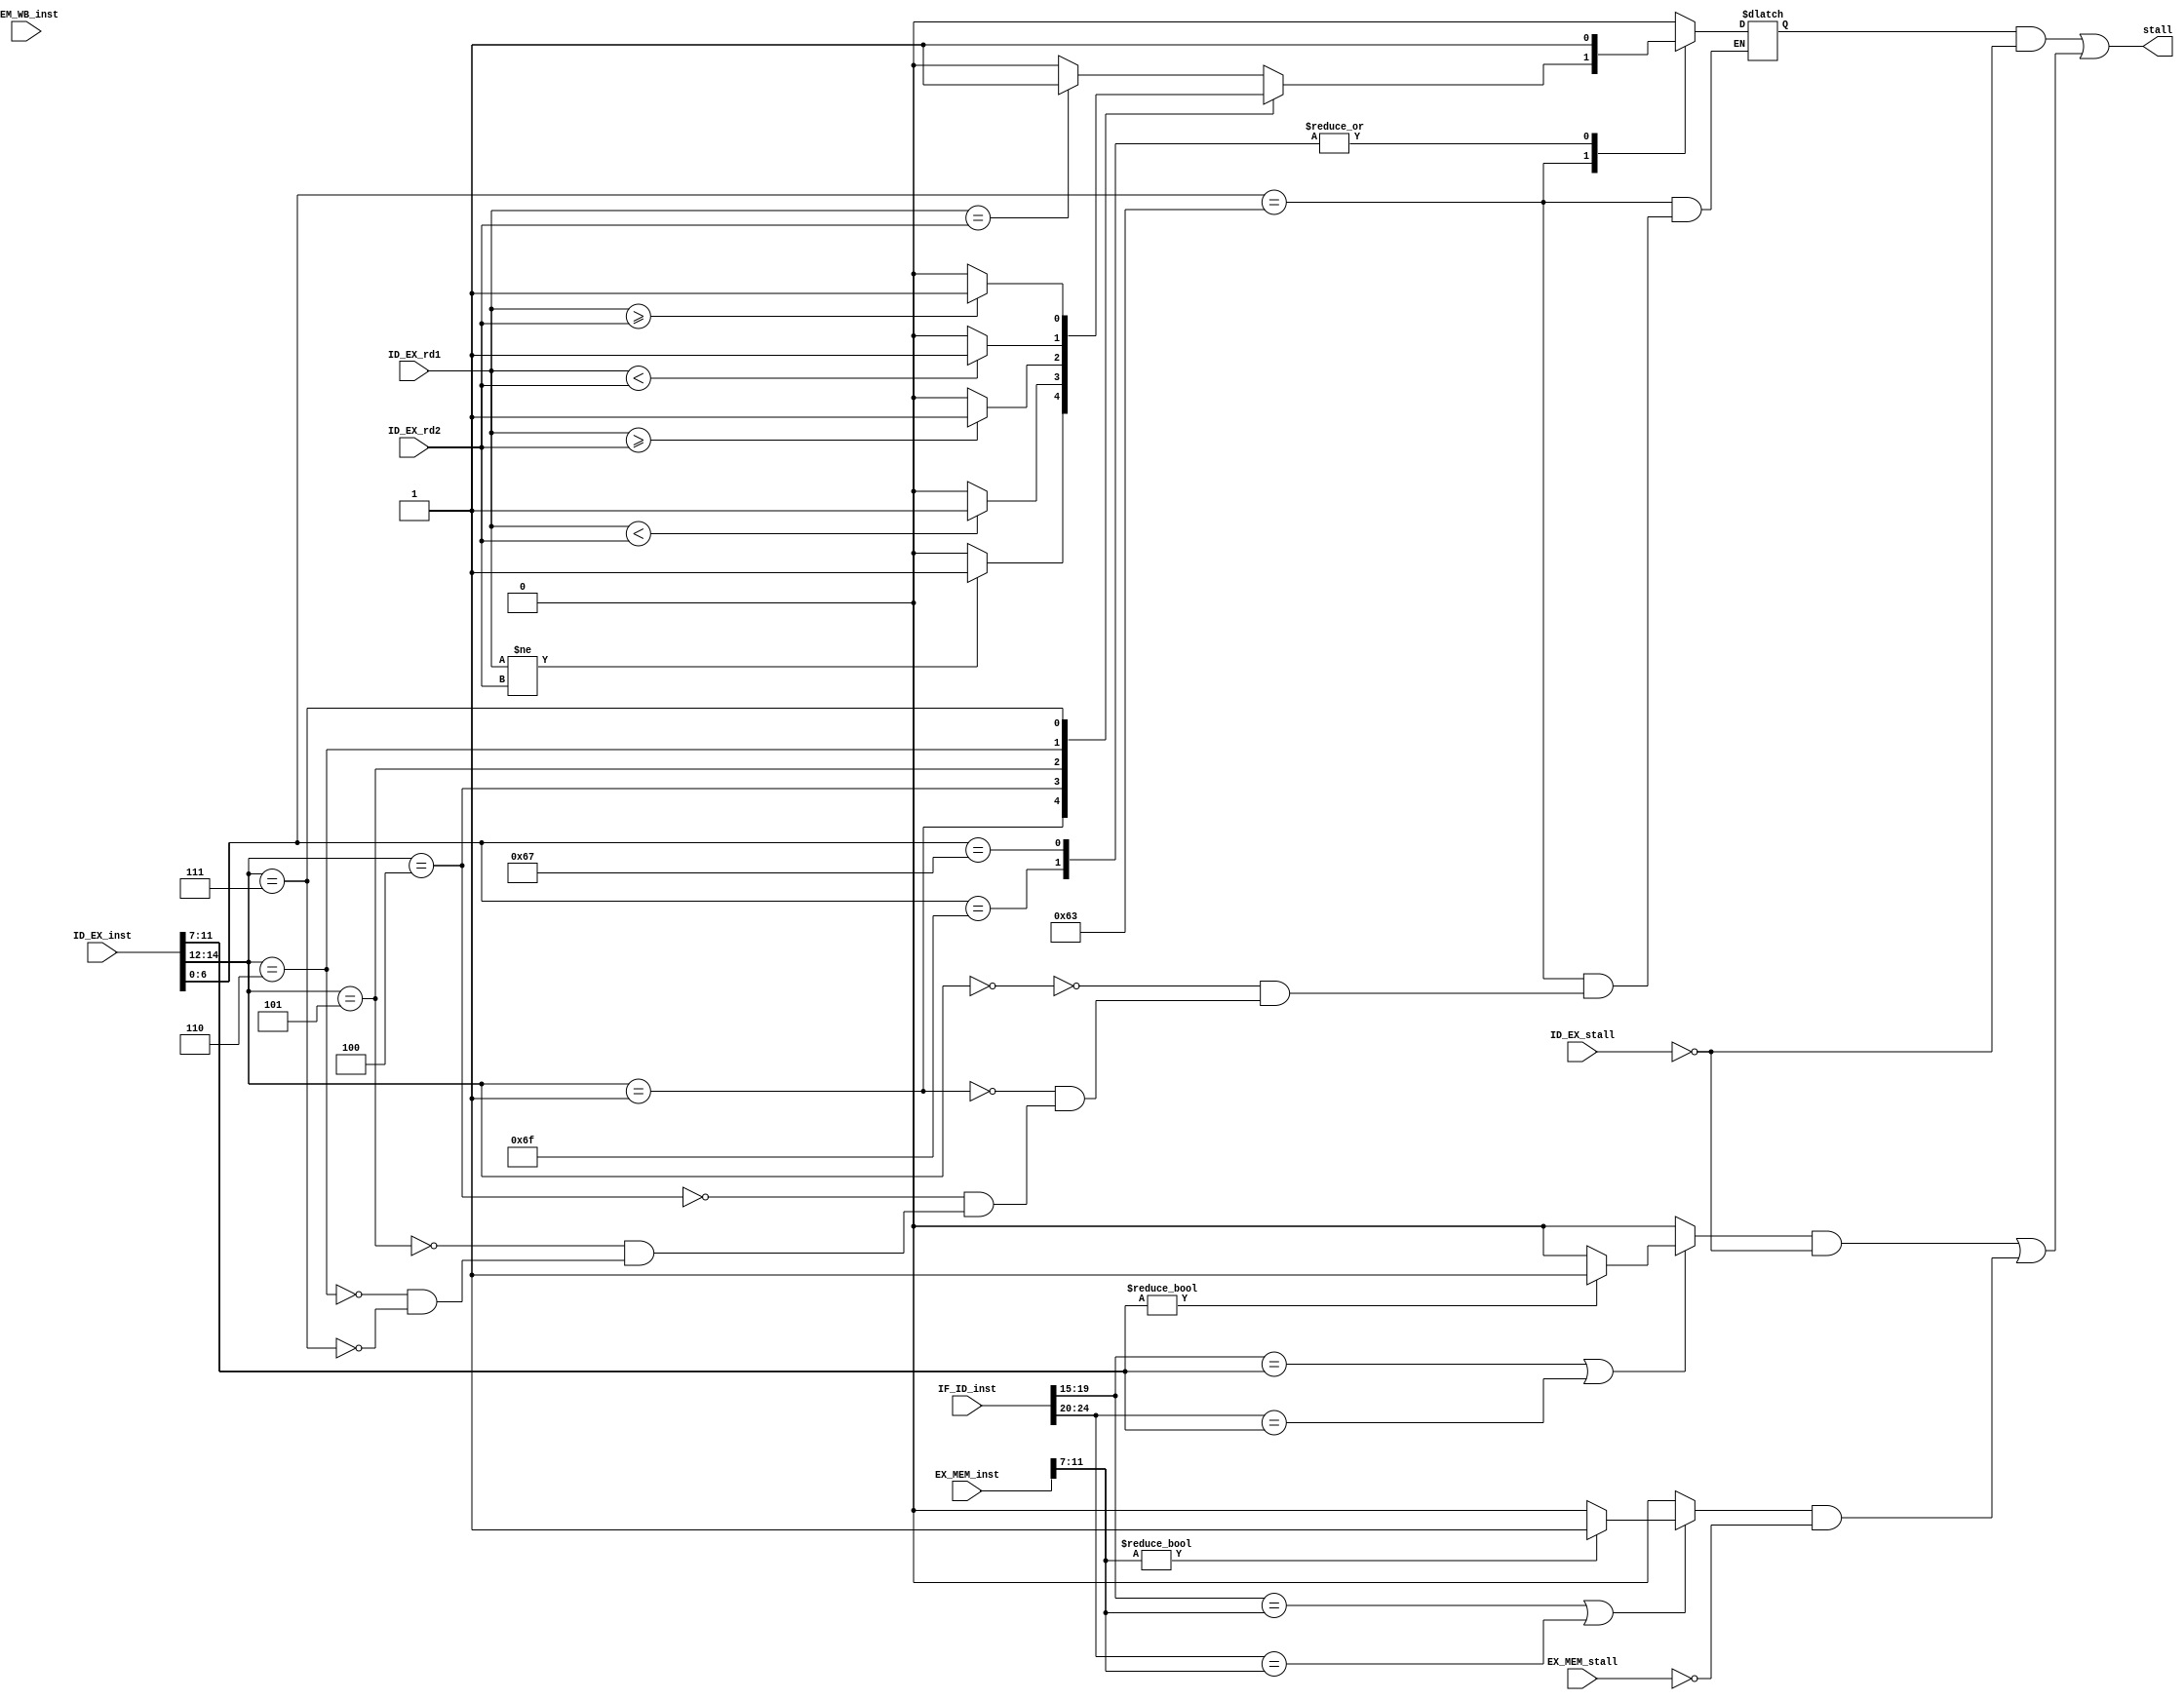
`timescale 1ns / 1ps

module staller(
    input [31:0] IF_ID_inst,

    input [31:0] ID_EX_inst,
    input ID_EX_stall,
    input [31:0] ID_EX_rd1,
    input [31:0] ID_EX_rd2,

    input [31:0] EX_MEM_inst,
    input EX_MEM_stall,

    input [31:0] MEM_WB_inst,

    output stall
);

wire control_hazard,data_hazard;
reg  control_hazard0,data_hazard0,data_hazard1;
assign control_hazard=control_hazard0 & (~ID_EX_stall);
assign data_hazard=(data_hazard0 & (~ID_EX_stall)) | (data_hazard1 & (~EX_MEM_stall));
assign stall = control_hazard | data_hazard;

//control hazard
always@(*)begin
    case(ID_EX_inst[6:0])
        7'b1100011: begin // B
                case (ID_EX_inst[14:12])
                    3'h0: begin
                        if (ID_EX_rd1 == ID_EX_rd2) begin
                            control_hazard0 = 1;
                        end else begin
                            control_hazard0 = 0;
                        end
                    end
                    3'h1: begin
                        if (ID_EX_rd1 != ID_EX_rd2) begin
                            control_hazard0 = 1;
                        end else begin
                            control_hazard0 = 0;
                        end
                    end
                    3'h4: begin
                        if ($signed(ID_EX_rd1) < $signed(ID_EX_rd2)) begin
                            control_hazard0 = 1;
                        end else begin
                            control_hazard0 = 0;
                        end
                    end
                    3'h5: begin
                        if ($signed(ID_EX_rd1) >= $signed(ID_EX_rd2)) begin
                            control_hazard0 = 1;
                        end else begin
                            control_hazard0 = 0;
                        end
                    end
                    3'h6: begin
                        if (ID_EX_rd1 < ID_EX_rd2) begin
                            control_hazard0 = 1;
                        end else begin
                            control_hazard0 = 0;
                        end
                    end
                    3'h7: begin
                        if (ID_EX_rd1 >= ID_EX_rd2) begin
                            control_hazard0 = 1;
                        end else begin
                            control_hazard0 = 0;
                        end
                    end
                endcase
            end
            7'b1101111: begin // jal
                control_hazard0 <= 1;
            end
            7'b1100111: begin // jalr
                control_hazard0 <= 1;
            end
            default: begin
                control_hazard0 <= 0;
            end
    endcase
end

//data hazard
always @(*) begin
    if(IF_ID_inst[19:15]==ID_EX_inst[11:7] | IF_ID_inst[24:20]==ID_EX_inst[11:7])begin
        if(ID_EX_inst[11:7]!=0)begin
            data_hazard0=1;
        end
        else begin
            data_hazard0=0;
        end
    end 
    else begin
        data_hazard0=0;
    end

    if(IF_ID_inst[19:15]==EX_MEM_inst[11:7] | IF_ID_inst[24:20]==EX_MEM_inst[11:7])begin
        if(EX_MEM_inst[11:7]!=0)begin
            data_hazard1=1;
        end
        else begin
            data_hazard1=0;
        end
    end 
    else begin
        data_hazard1=0;
    end
end
endmodule